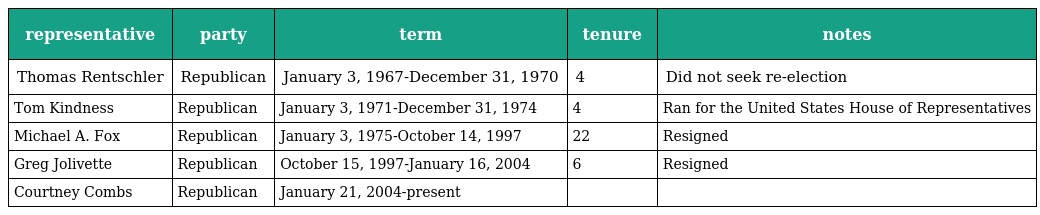
| representative | party | term | tenure | notes |
 | --- | --- | --- | --- | --- |
 | Thomas Rentschler | Republican | January 3, 1967-December 31, 1970 | 4 | Did not seek re-election |
 | Tom Kindness | Republican | January 3, 1971-December 31, 1974 | 4 | Ran for the United States House of Representatives |
 | Michael A. Fox | Republican | January 3, 1975-October 14, 1997 | 22 | Resigned |
 | Greg Jolivette | Republican | October 15, 1997-January 16, 2004 | 6 | Resigned |
 | Courtney Combs | Republican | January 21, 2004-present |  |  |